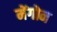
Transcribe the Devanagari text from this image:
मेंगोन